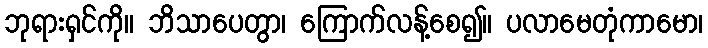
ဘုရားရှင်ကို။ ဘိသာပေတွာ၊ ကြောက်လန့်စေ၍။ ပလာမေတုံကာမော၊